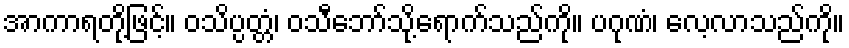
အာကာရတို့ဖြင့်။ ဝသိပ္ပတ္တံ၊ ဝသီဘော်သို့ရောက်သည်ကို။ ပဂုဏံ၊ လေ့လာသည်ကို။